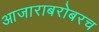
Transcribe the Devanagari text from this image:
आजाराबरोबरच